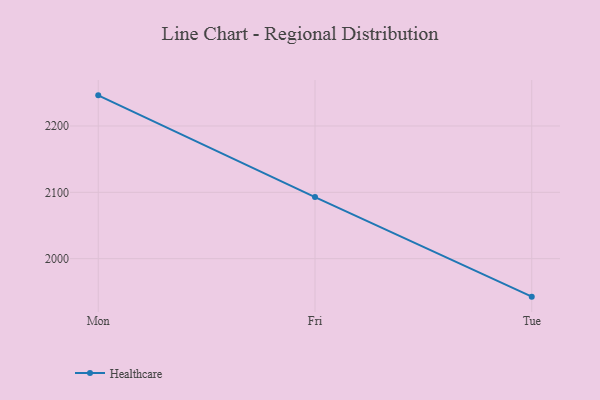
{"axis": {"x": "Day", "y": "Net Income (USD K)"}, "legend": ["Healthcare"], "data": [{"x": "Mon", "y": 2246.2, "type": "Healthcare"}, {"x": "Fri", "y": 2092.8, "type": "Healthcare"}, {"x": "Tue", "y": 1942.7, "type": "Healthcare"}]}